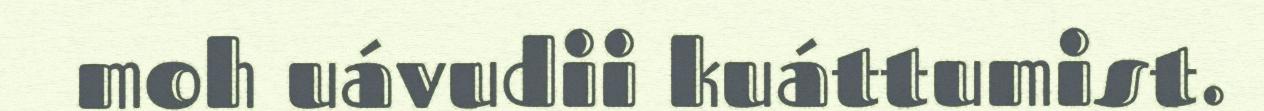
moh uávudii kuáttumist.